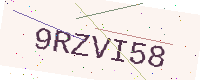
Text: 9RZVI58